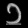
Digit: ၁